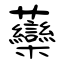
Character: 虊